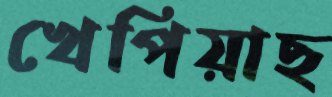
খেপিয়াছ